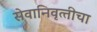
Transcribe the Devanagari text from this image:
सेवानिवृत्‍तीचा